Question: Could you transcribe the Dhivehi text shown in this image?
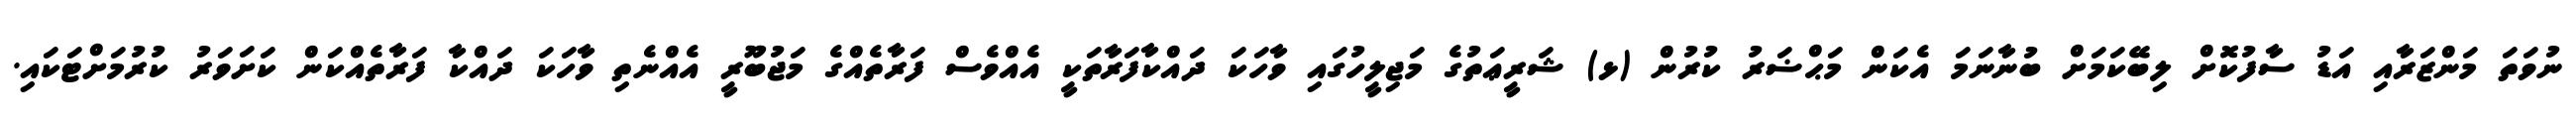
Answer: ނުވަތަ މަންޒަރާއި އަޑު ސާފުކޮށް ލިބޭކަމަށް ބުނާނަމަ އެކަން މަޙްޟަރު ކުރުން (ޅ) ޝަރީޢަތުގެ މަޖިލީހުގައި ވާހަކަ ދައްކާފަރާތަކީ އެއްވެސް ފަރާތެއްގެ މަޖުބޫރީ އެއްނެތި ވާހަކަ ދައްކާ ފަރާތެއްކަން ކަށަވަރު ކުރުމަށްޓަކައި.